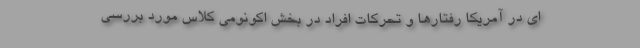
ای در آمریکا رفتارها و تحرکات افراد در بخش اکونومی کلاس مورد بررسی